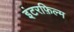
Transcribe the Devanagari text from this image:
इंटरफ़िल्म